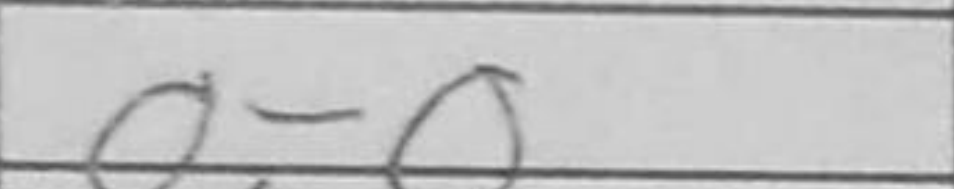
Transcription: O-O